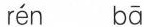
rén ba